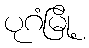
ပုဂံမြို့